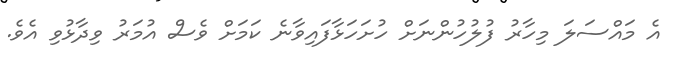
އެ މައްސަލަ މިހާރު ފުލުހުންނަށް ހުށަހަޅާފައިވާނެ ކަމަށް ވެސް އުމަރު ވިދާޅުވި އެވެ.